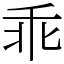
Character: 乖